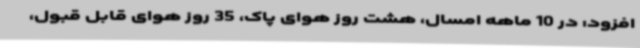
افزود: در 10 ماهه امسال، هشت روز هوای پاک، 35 روز هوای قابل قبول،